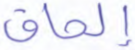
إلحاق